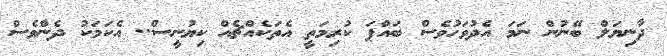
ދާނިޔަލް ބޭނުން ނަމަ އެދުވަހުވެސް ބައްޕަ ކުރިމަތީ އެތަކެއްޗެއް ކިޔުނީސް.. އެކަމަކު ދެންވެސް